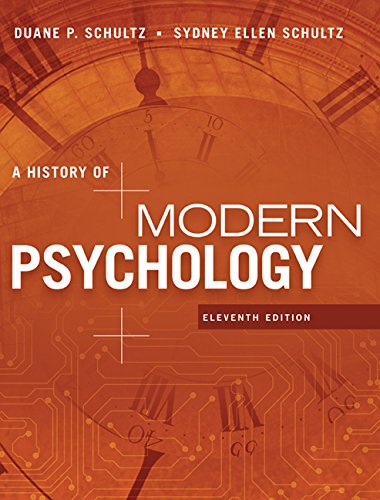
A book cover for A History of Modern Psychology; Duane P. Schultz; Medical Books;